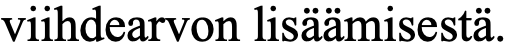
viihdearvon lisäämisestä.